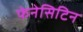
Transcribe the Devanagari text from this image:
फेनेसिटिन